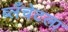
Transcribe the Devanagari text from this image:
ब्लँचेटला